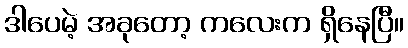
ဒါပေမဲ့ အခုတော့ ကလေးက ရှိနေပြီ။